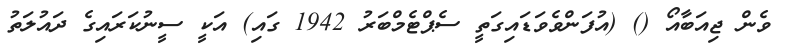
ވެން ޖިއަބާއޯ () (އުފަންވެވަޑައިގަތީ ސެޕްޓެމްބަރު 1942 ގައި) އަކީ ސީނުކަރައިގެ ދައުލަތު